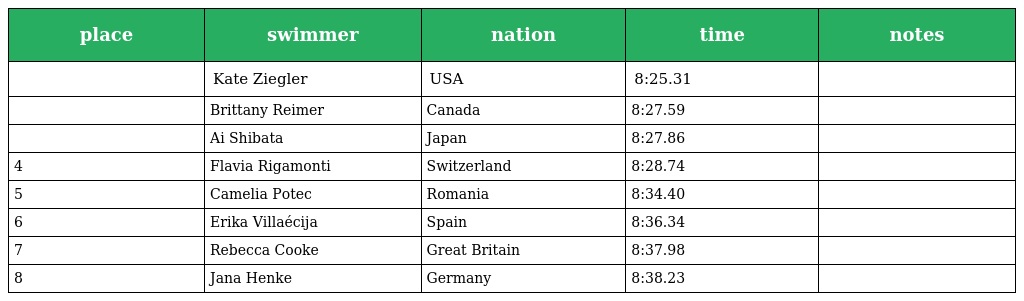
| place | swimmer | nation | time | notes |
 | --- | --- | --- | --- | --- |
 |  | Kate Ziegler | USA | 8:25.31 |  |
 |  | Brittany Reimer | Canada | 8:27.59 |  |
 |  | Ai Shibata | Japan | 8:27.86 |  |
 | 4 | Flavia Rigamonti | Switzerland | 8:28.74 |  |
 | 5 | Camelia Potec | Romania | 8:34.40 |  |
 | 6 | Erika Villaécija | Spain | 8:36.34 |  |
 | 7 | Rebecca Cooke | Great Britain | 8:37.98 |  |
 | 8 | Jana Henke | Germany | 8:38.23 |  |